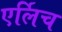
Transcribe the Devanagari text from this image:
एर्लिच